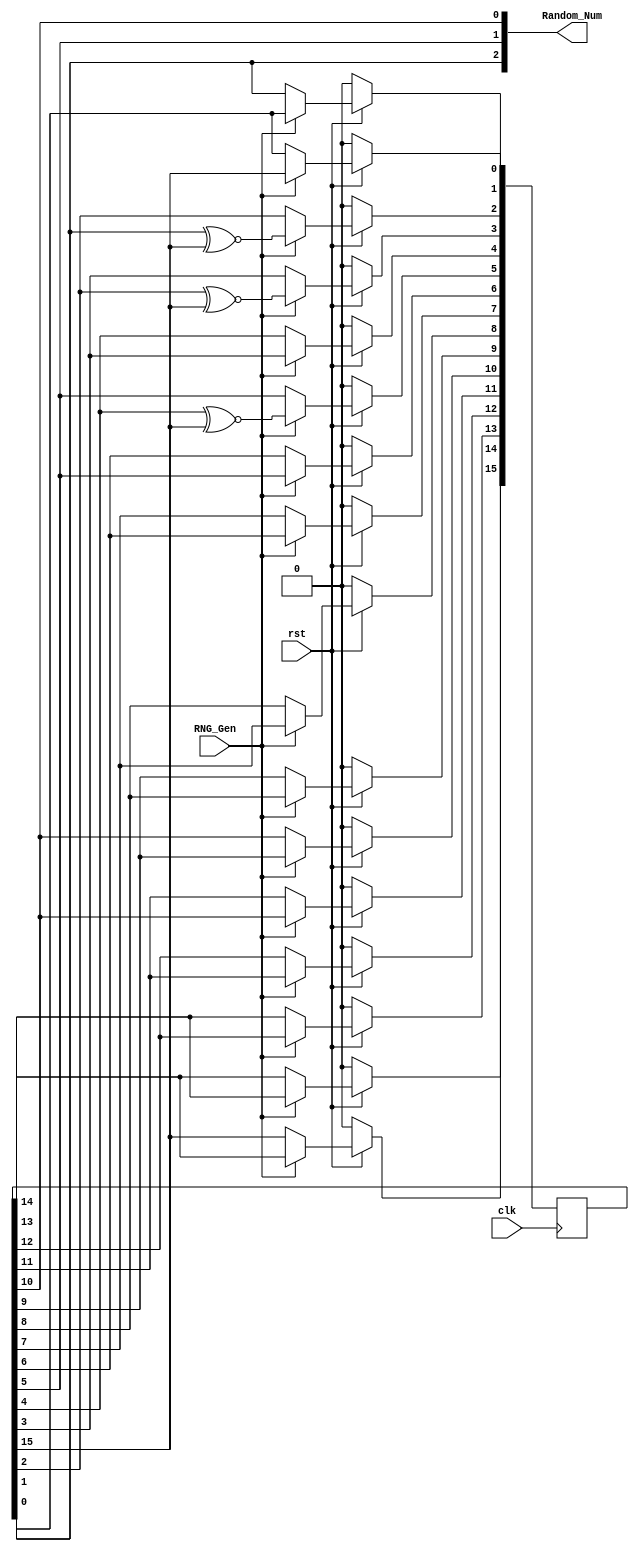
// ECE 5440: Advanced Digital Design
// RNG_LFSR_3b
// This takes an enable signal and outputs
// a random 3-bit number. The number is pseudo random b/c
// 50 MHz clock means any random time interval between getting the numbers
// results in a random 3 bit output.

module RNG_LFSR_3b(RNG_Gen, Random_Num, clk, rst);
   input RNG_Gen, clk, rst;
   output [2:0] Random_Num;
   reg [15:0] LFSR;
   wire feedback = LFSR[15];
   
   assign Random_Num = {LFSR[1], LFSR[5], LFSR[10]};

   always @(posedge clk)
   begin
      if (rst == 1'b0) begin
        LFSR <= 16'b0000000000000000;
      end
      else begin
         if (RNG_Gen == 1'b1) begin
            LFSR[0] <= feedback;
            LFSR[1] <= LFSR[0];
            LFSR[2] <= LFSR[1] ~^ feedback;
            LFSR[3] <= LFSR[2] ~^ feedback;
            LFSR[4] <= LFSR[3];
            LFSR[5] <= LFSR[4] ~^ feedback;
            LFSR[6] <= LFSR[5];
            LFSR[7] <= LFSR[6];
            LFSR[8] <= LFSR[7];
            LFSR[9] <= LFSR[8];
            LFSR[10] <= LFSR[9];
            LFSR[11] <= LFSR[10];
            LFSR[12] <= LFSR[11];
            LFSR[13] <= LFSR[12];
            LFSR[14] <= LFSR[13];
            LFSR[15] <= LFSR[14];
         end
      end
   end
endmodule